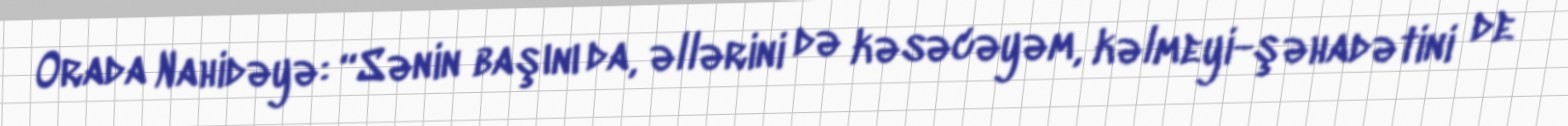
Orada Nahidəyə: “Sənin başını da, əllərini də kəsəcəyəm, kəlmeyi-şəhadətini de